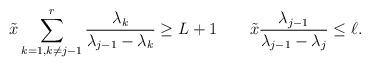
LaTeX: \begin{align*} \tilde x\sum_{k=1,k\neq j-1}^r\frac{\lambda_k}{\lambda_{j-1}-\lambda_k}\geq L+1\qquad\tilde x\frac{\lambda_{j-1}}{\lambda_{j-1}-\lambda_j}\leq \ell.\end{align*}